Manual of the Civil Veterinary Department, Central Provinces and Berar
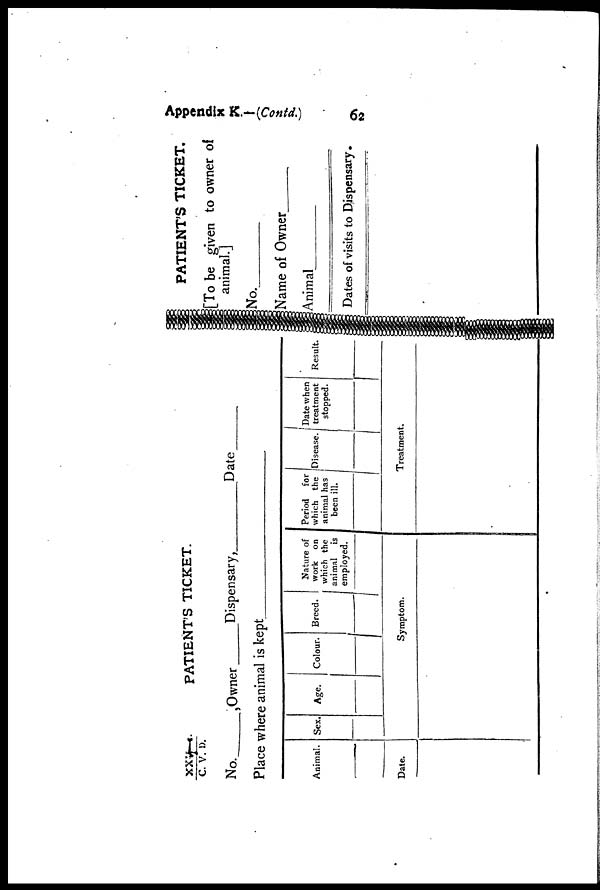
Appendix K.—(Contd.)
62
XXV—4/C. V. D. PATIENT'S TICKET.
No._
, Owner
Dispensary,
Date
Place where animal is kept
Animal. Sex. Age.
Colour. Breed.
Nature of
work on
which the
animal is
employed.
Period for
which the
animal has
been ill.
Disease.
Date when
treatment
stopped.
Result.
Date.
Symptom.
Treatment.
PATIENT'S TICKET.
[To be given to owner of
animal.]
No.
Name of Owner
Animal
Dates of visits to Dispensary.